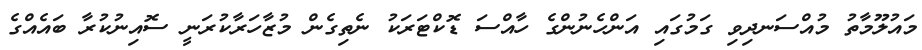
މައުލޫމާތު މުއްސަނދިވި ގަމުގައި އަންހެނުންގެ ހާއްސަ ޑޮކްޓަރަކު ނެތިގެން މުޒާހަރާކުރަނީ ސޮއިނުކުރާ ބައެއްގެ